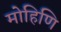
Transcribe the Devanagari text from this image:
मोहिणि